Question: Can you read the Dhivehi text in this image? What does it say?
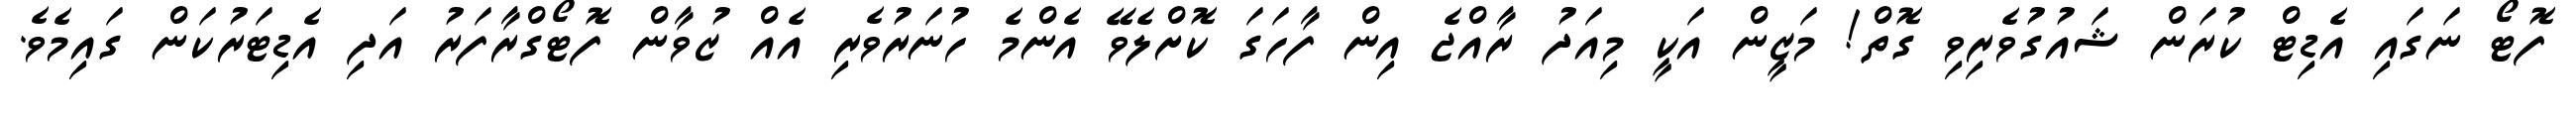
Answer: ފޮޓޯ ނަގައި އެޑިޓް ކުރަން ޝައުގުވެރިވި ގޮތް! މަޒީން އަކީ މިއަދު ރާއްޖެ އިން ފާހަގަ ކޮށްލެވޭ އެންމެ ހުނަރުވެރި އެއް ޒުވާން ފޮޓޯގްރާފަރު އަދި އެޑިޓަރުކަން ގައިމެވެ.